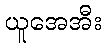
ယူအေအီး